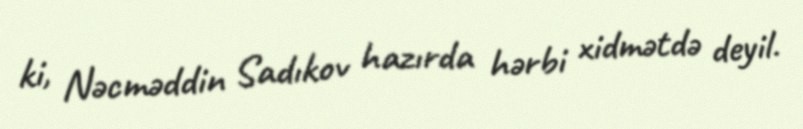
ki, Nəcməddin Sadıkov hazırda hərbi xidmətdə deyil.